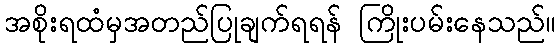
အစိုးရထံမှအတည်ပြုချက်ရရန် ကြိုးပမ်းနေသည်။